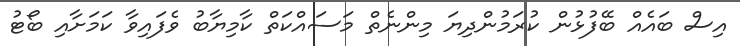
އިސް ބައެއް ބޭފުޅުން ކުރަމުންދިޔަ މިންނެތް މަސައްކަތް ކާމިޔާބު ވެފައިވާ ކަމަށާއި ބޯޓު